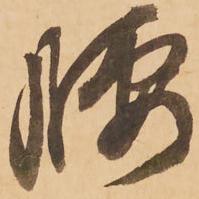
腰